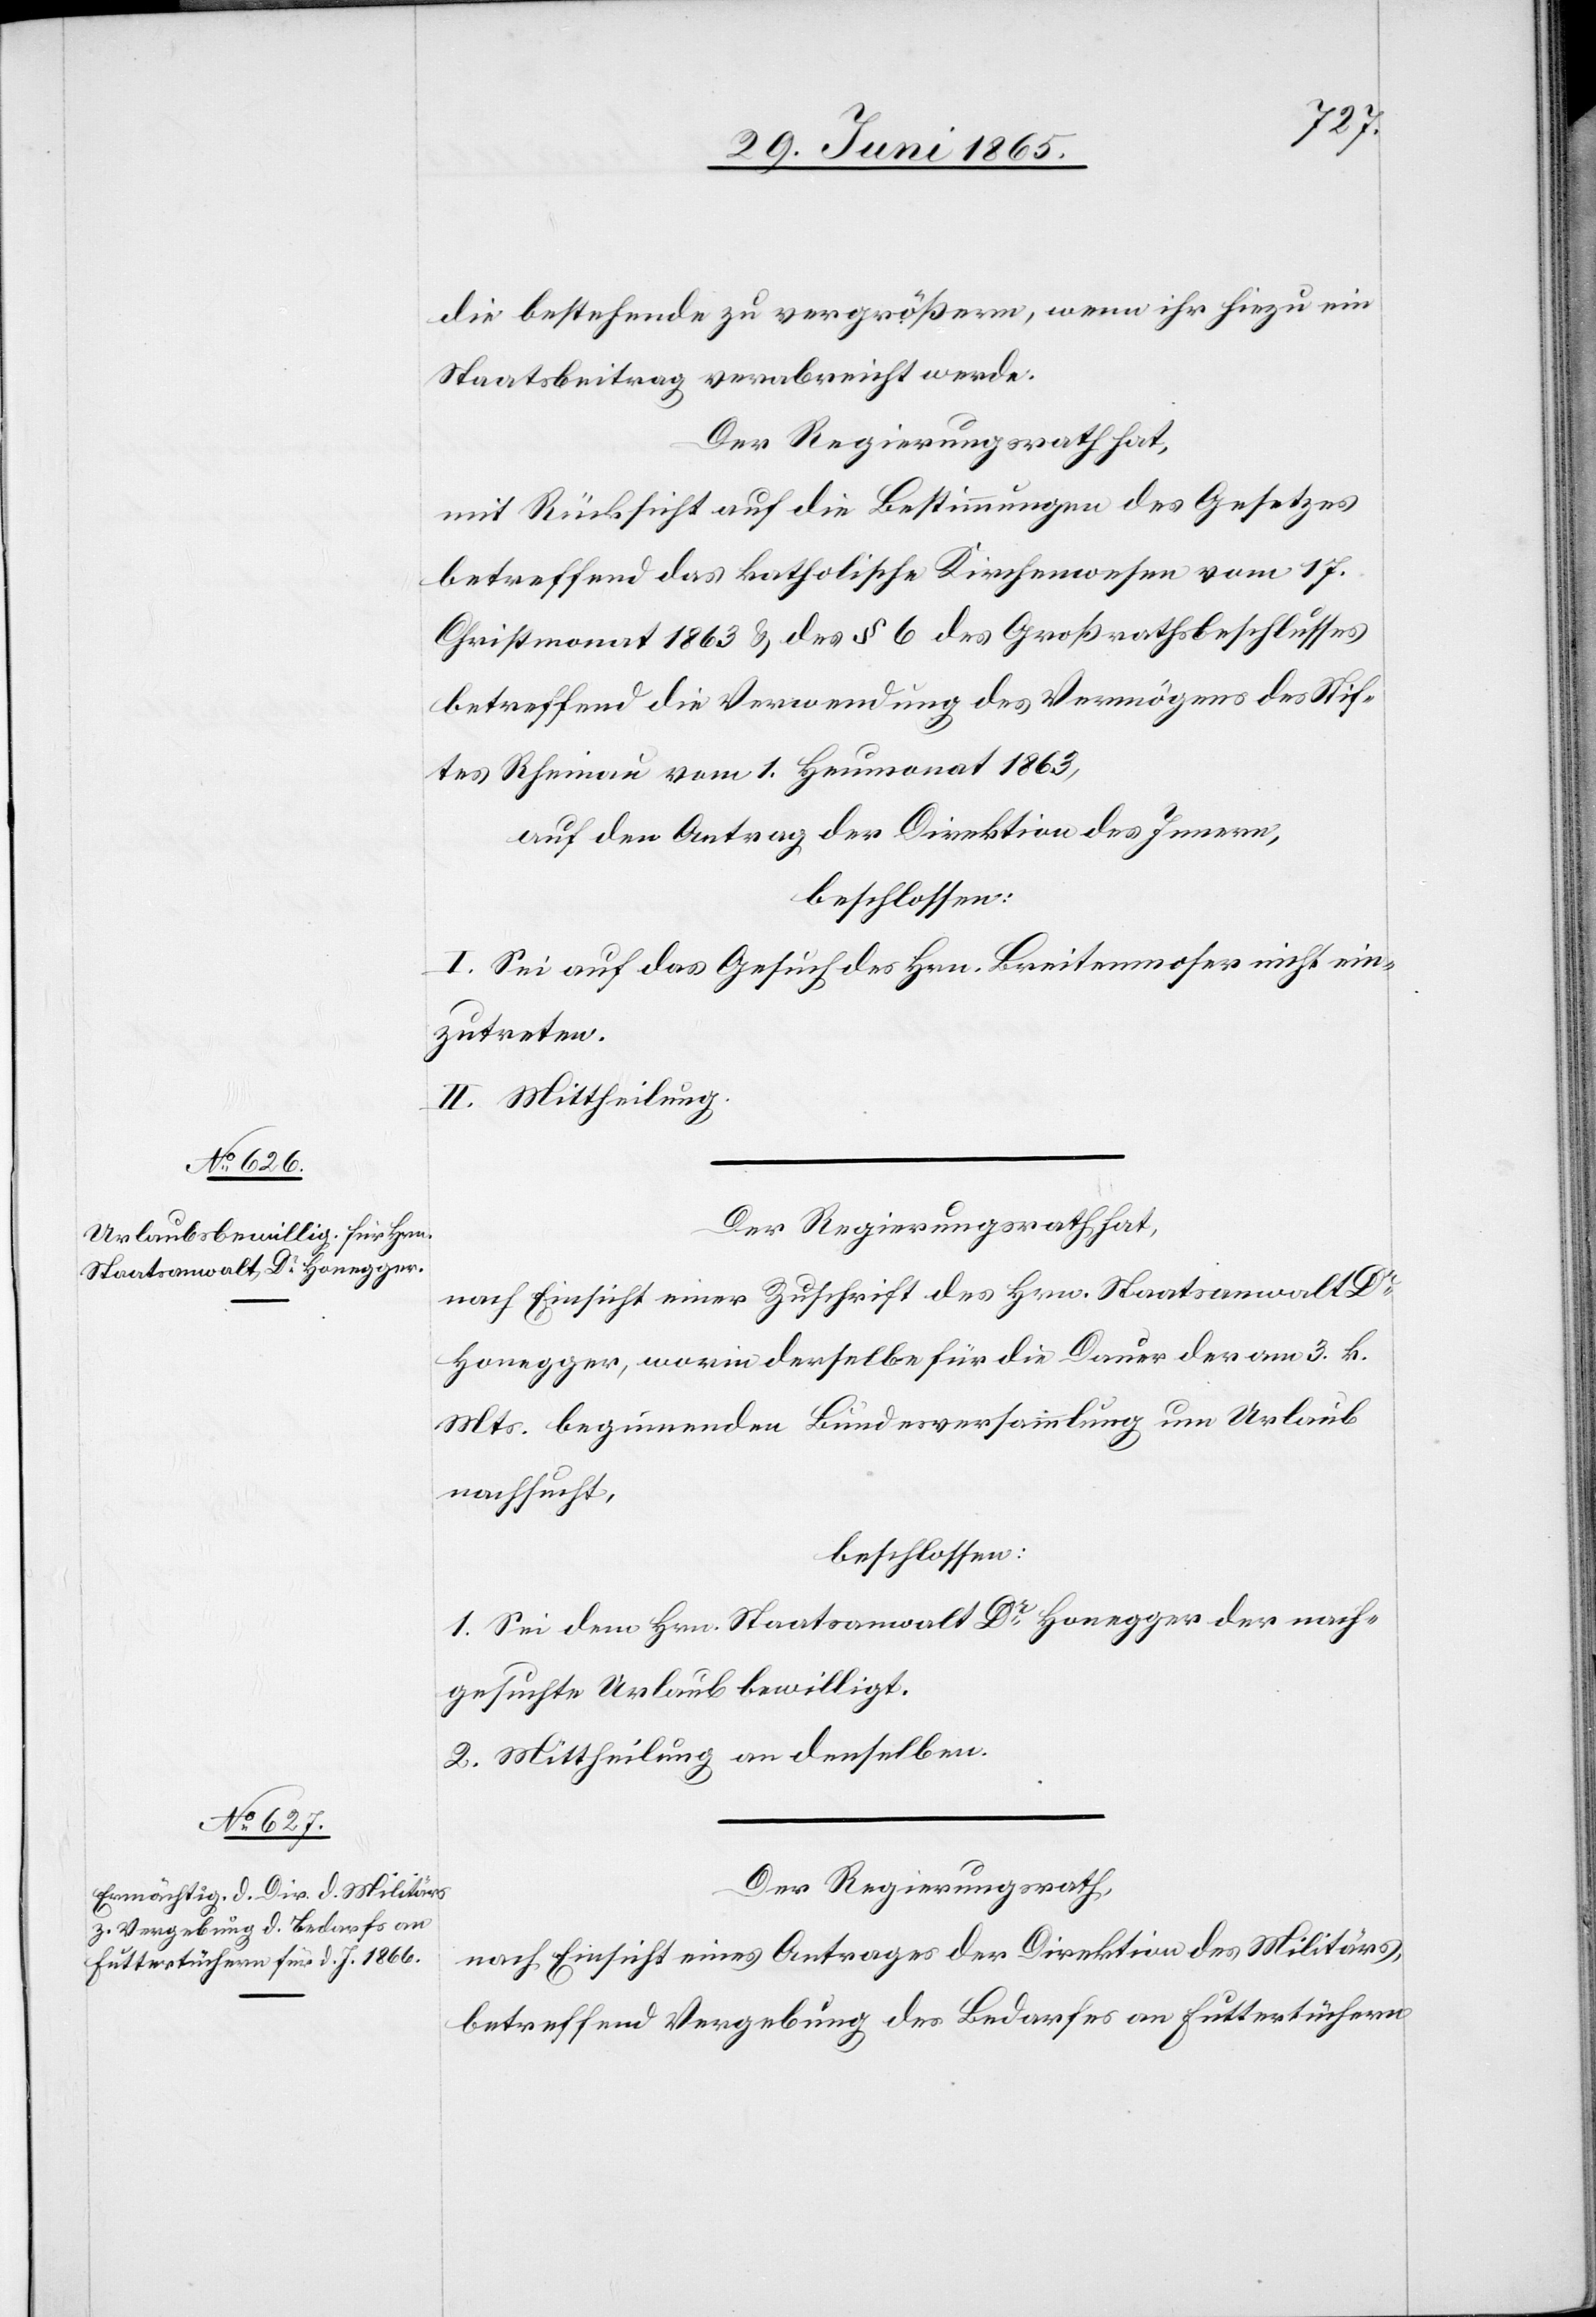
die bestehende zu vergrößern, wenn ihr hiezu ein
Staatsbeitrag verabreicht werde.
Der Regierungsrath hat,
mit Rücksicht auf die Bestimmungen des Gesetzes
betreffend das katholische Kirchenwesen vom 17.
Christmonat 1863 & des § 6 des Großrathsbeschlusses
betreffend die Verwendung des Vermögens des Stif¬
tes Rheinau vom 1. Heumonat 18653,
auf den Antrag der Direktion des Innern,
beschlossen:
I. Sei auf das Gesuch des Hrn. Breitenmoser nicht ein¬
zutreten.
II. Mittheilung.
Der Regierungsrath hat,
nach Einsicht einer Zuschrift des Hrn. Staatsanwalt Dr
Honegger, worin derselbe für die Dauer der am 3. k.
Mts. beginnenden Bundesversammlung um Urlaub
nachsucht,
beschlossen:
1. Sei dem Hrn. Staatsanwalt Dr Honegger der nach¬
gesuchte Urlaub bewilligt.
2. Mittheilung an denselben.
Der Regierungsrath,
nach Einsicht eines Antrages der Direktion des Militärs,
betreffend Vergebung des Bedarfes an Futtertüchern